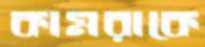
কামরাকে